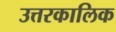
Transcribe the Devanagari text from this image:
उत्तरकालिक